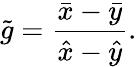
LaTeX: \tilde{g}=\frac{\bar{x}-\bar{y}}{\hat{x}-\hat{y}}.